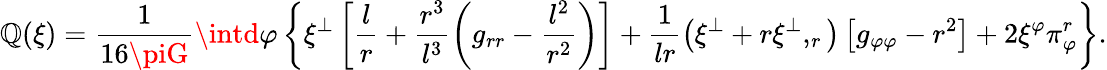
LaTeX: \mathbb{Q}(\xi)=\frac{{1}}{{16\piG}}\intd\varphi\left\{ \xi^{\perp}\left[\frac{{l}}{{r}}+\frac{{r^{3}}}{{l^{3}}}\left(g_{rr}-\frac{{l^{2}}}{{r^{2}}}\right)\right]+\frac{{1}}{{lr}}\left(\xi^{\perp}+r\xi^{\perp},_{r}\right)\left[g_{\varphi\varphi}-r^{2}\right]+2\xi^{\varphi}\pi_{\varphi}^{r}\right\} .